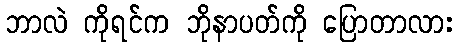
ဘာလဲ ကိုရင်က ဘိုနာပတ်ကို ပြောတာလား